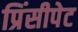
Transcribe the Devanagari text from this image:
प्रिंसीपेट